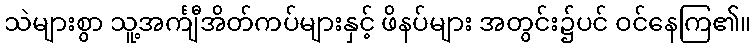
သဲများစွာ သူ့အင်္ကျီအိတ်ကပ်များနှင့် ဖိနပ်များ အတွင်း၌ပင် ဝင်နေကြ၏။